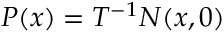
P ( x ) = T ^ { - 1 } N ( x , 0 )